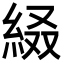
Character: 𦀁